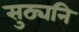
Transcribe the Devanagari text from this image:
सुठ्यनि